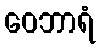
ဝေဘာရံ